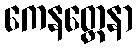
ကေနတ္ထေနာ